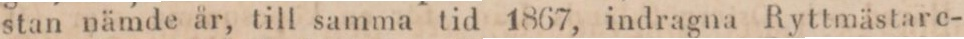
stan nämde år, till samma tid 1867, indragna Ryttmästare-